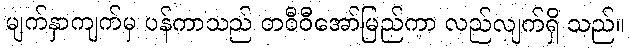
မျက်နှာကျက်မှ ပန်ကာသည် တဝီဝီအော်မြည်ကာ လည်လျက်ရှိ သည်။